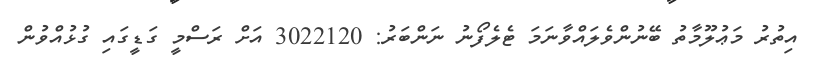
އިތުރު މަޢުލޫމާތު ބޭނުންވެލައްވާނަމަ ޓެލެފޯނު ނަންބަރު: 3022120 އަށް ރަސްމީ ގަޑީގައި ގުޅުއްވުން